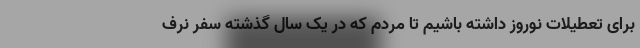
برای تعطیلات نوروز داشته باشیم تا مردم که در یک سال گذشته سفر نرف